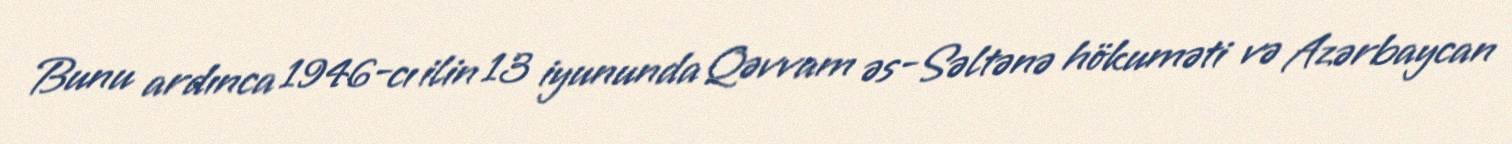
Bunu ardınca 1946-cı ilin 13 iyununda Qəvvam əs-Səltənə hökuməti və Azərbaycan